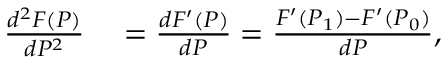
\begin{array} { r l } { { \frac { d ^ { 2 } F ( P ) } { d P ^ { 2 } } } } & { { } = { \frac { d F ^ { \prime } ( P ) } { d P } } = { \frac { F ^ { \prime } ( P _ { 1 } ) - F ^ { \prime } ( P _ { 0 } ) } { d P } } , } \end{array}